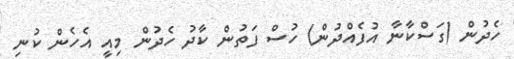
ހެދުން (ގަސްކާނާ އުފެއްދުން) ހުސް ފަތުން ކާދު ހެދުން މިއީ އެހެން ކުނި